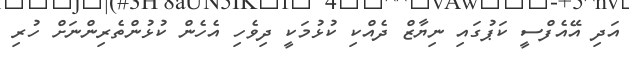
އަދި އޭއެފްސީ ކަޕުގައި ނިޔާޒް ދެއްކި ކުޅުމަކީ ދިވެހި އެހެން ކުޅުންތެރިންނަށް ހުރި